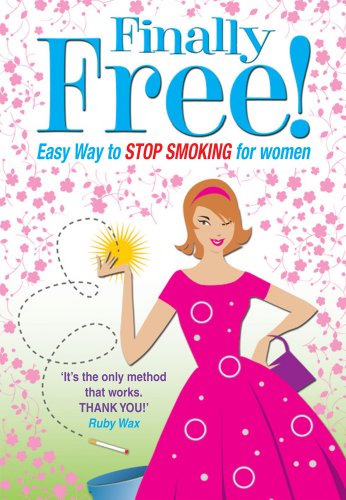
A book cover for Allen Carr's Finally Free!: The Easy Way to Stop Smoking for Women; Allen Carr; Health, Fitness & Dieting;